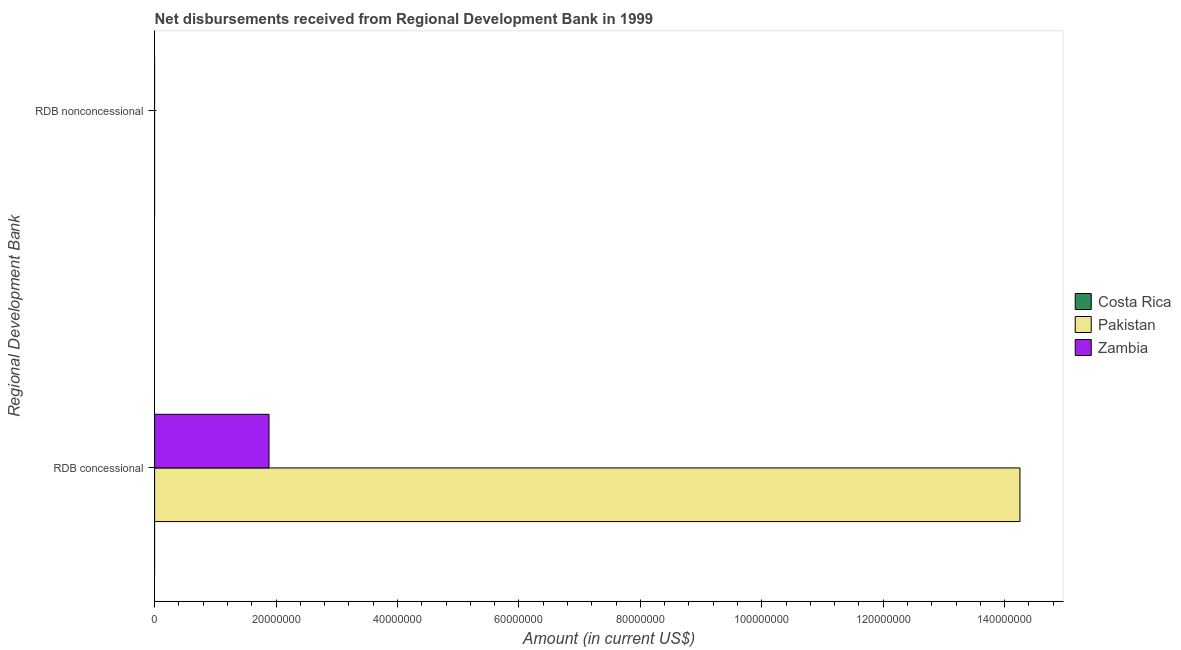
| Regional Development Bank | Costa Rica | Pakistan | Zambia |
 | --- | --- | --- | --- |
 | RDB concessional | -1.2e+07 | 1.43e+08 | 1.88e+07 |
 | RDB nonconcessional | -2.13e+07 | -9.95e+07 | -1.5e+07 |